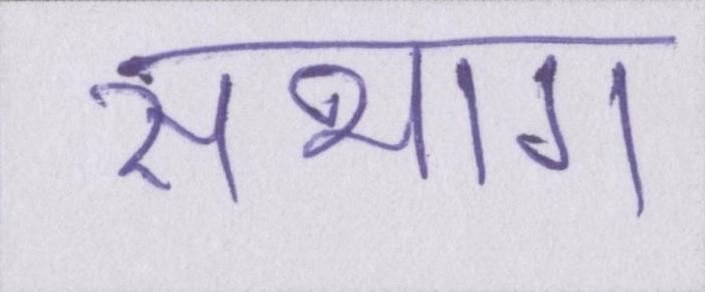
संभाग